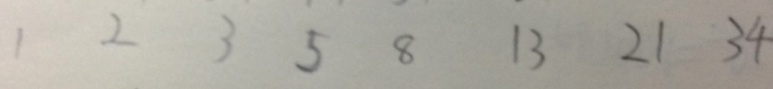
1 2 3 5 8 1 3 2 1 3 4